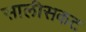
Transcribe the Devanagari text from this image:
सालीसकट